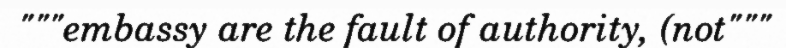
"""embassy are the fault of authority, (not"""